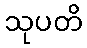
သုပတိ